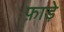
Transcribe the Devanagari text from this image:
फ़ाड़े